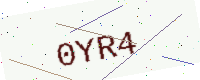
Text: 0YR4